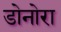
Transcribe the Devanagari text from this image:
डोनोरा